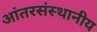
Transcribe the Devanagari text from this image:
आंतरसंस्थानीय